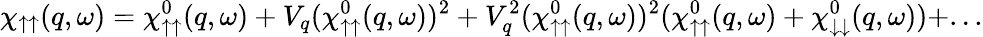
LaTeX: \chi_{\uparrow\uparrow}(q,\omega)=\chi_{\uparrow\uparrow}^{0}(q,\omega)+V_{q}(\chi_{\uparrow\uparrow}^{0}(q,\omega))^{2}+V_{q}^{2}(\chi_{\uparrow\uparrow}^{0}(q,\omega))^{2}(\chi_{\uparrow\uparrow}^{0}(q,\omega)+\chi_{\downarrow\downarrow}^{0}(q,\omega))+...